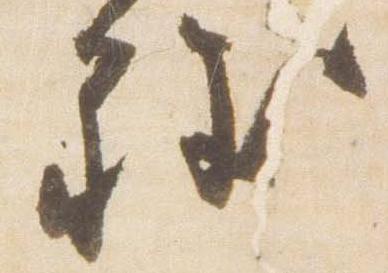
程